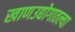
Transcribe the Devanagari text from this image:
खाणउद्योगातल्या